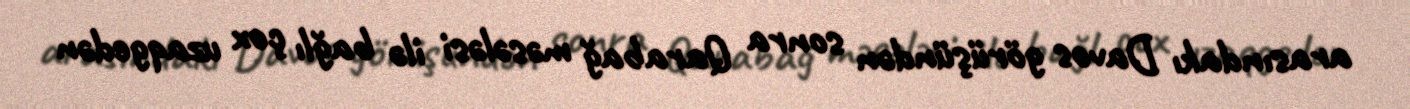
arasındakı Davos görüşündən sonra Qarabağ məsələsi ilə bağlı çox uzaqgedən